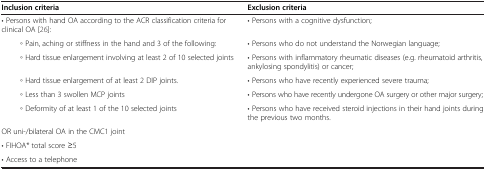
<table><thead><tr><td><b>Inclusion criteria</b></td><td><b>Exclusion criteria</b></td></tr></thead><tbody><tr><td>• Persons with hand OA according to the ACR classification criteria for clinical OA [26]:</td><td>• Persons with a cognitive dysfunction;</td></tr><tr><td>◦ Pain, aching or stiffness in the hand and 3 of the following:</td><td>• Persons who do not understand the Norwegian language;</td></tr><tr><td>◦ Hard tissue enlargement involving at least 2 of 10 selected joints</td><td>• Persons with inflammatory rheumatic diseases (e.g. rheumatoid arthritis, ankylosing spondylitis) or cancer;</td></tr><tr><td>◦ Hard tissue enlargement of at least 2 DIP joints.</td><td>• Persons who have recently experienced severe trauma;</td></tr><tr><td>◦ Less than 3 swollen MCP joints</td><td>• Persons who have recently undergone OA surgery or other major surgery;</td></tr><tr><td>◦ Deformity of at least 1 of the 10 selected joints</td><td>• Persons who have received steroid injections in their hand joints during the previous two months.</td></tr><tr><td>OR uni-/bilateral OA in the CMC1 joint</td><td> </td></tr><tr><td>• FIHOA* total score ≥5</td><td> </td></tr><tr><td>• Access to a telephone</td><td> </td></tr></tbody></table>